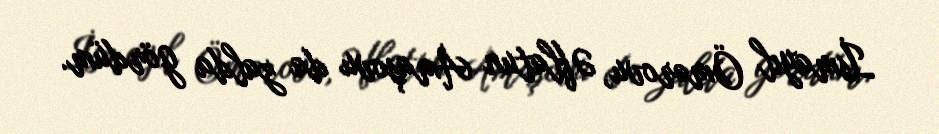
İsmayıl Ömərovu, Əflatun Amaşovu da zalda gördüm.